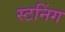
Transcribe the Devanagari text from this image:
स्टनिंग